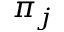
\pi _ { j }